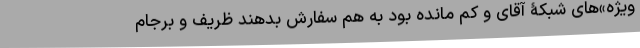
ویژه»‌های شبکۀ آقای و کم مانده بود به هم سفارش بدهند ظریف و برجام